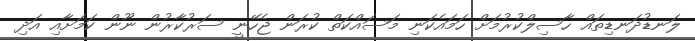
ލަނޑުދަނޑިތައް ހާސިލްކުރުމަށް ހަމައެކަނި މަަސައްކަތް ކުރަން ޖެހޭނީ ސަރުކާރުން ނޫން ކަމަށާއި އަދި